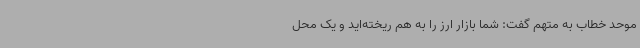
موحد خطاب به متهم گفت: شما بازار ارز را به هم ریخته‌اید و یک محل